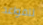
للقواعد